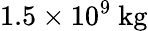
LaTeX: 1.5\times 10^{9}~\mathrm{kg}